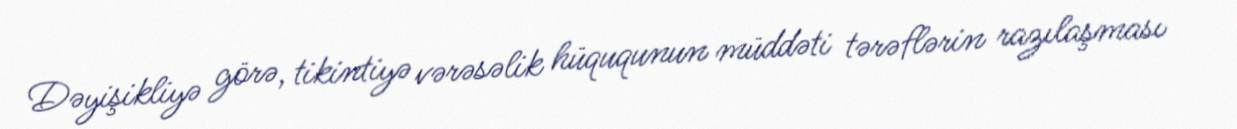
Dəyişikliyə görə, tikintiyə vərəsəlik hüququnun müddəti tərəflərin razılaşması